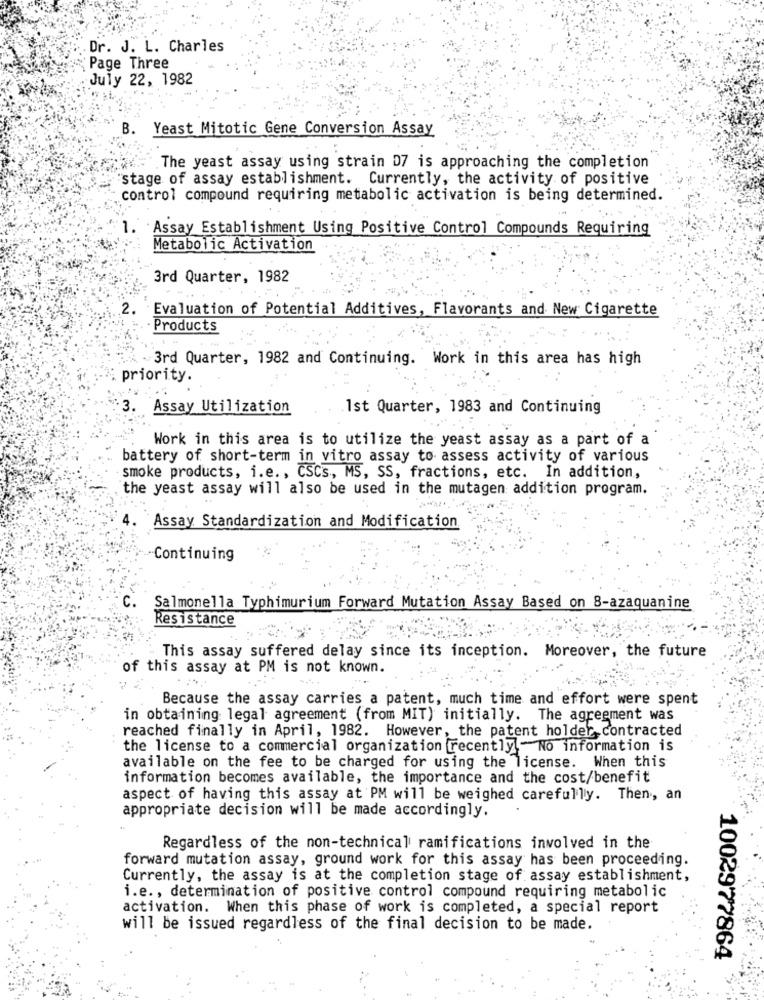
Dr. J. L. Charles
Page Three
July 22, 1982
B.
Yeast Mitotic Gene Conversion Assay
The yeast assay using strain D7 is approaching the completion
stage of assay establishment. Currently, the activity of positive
control compound requiring metabolic activation is being determined.
Assay Establishment Using Positive Control Compounds Requiring
Metabolic Activation
3rd Quarter, 1982
.2.
Evaluation of Potential Additives, Flavorants and New Cigarette
Products
.3rd Quarter, 1982 and Continuing. Work in this area has high
priority.
Assay Utilization
1st Quarter, 1983 and Continuing
Work in this area is to utilize the yeast assay as a part of a
battery of short-term in vitro assay to assess activity of various
smoke products, i.e ., CSCs, MS, SS, fractions, etc. In addition,
the yeast assay will also be used in the mutagen addition program.
Assay Standardization and Modification
Continuing
c.
Salmonella Typhimurium Forward Mutation Assay Based on 8-azaquanine
Resistance
This assay suffered delay since its inception. Moreover, the future
of this assay at PM is not known.
Because the assay carries a patent, much time and effort were spent
in obtaining legal agreement (from MIT) initially. The agreement was
reached finally in April, 1982. However, the patent holder contracted
the license to a commercial organization recently -No information is
available on the fee to be charged for using the license. When this
information becomes available, the importance and the cost/benefit
aspect of having this assay at PM will be weighed carefully. Then, an
appropriate decision will be made accordingly.
Regardless of the non-technical ramifications involved in the
forward mutation assay, ground work for this assay has been proceeding.
Currently, the assay is at the completion stage of assay establishment,
i.e ., determination of positive control compound requiring metabolic
activation. When this phase of work is completed, a special report
will be issued regardless of the final decision to be made.
1002977864